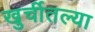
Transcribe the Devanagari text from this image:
खुर्चीतल्या